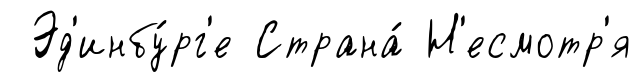
Эд'инбу́рг'е Страна́ Н'есмотр'я